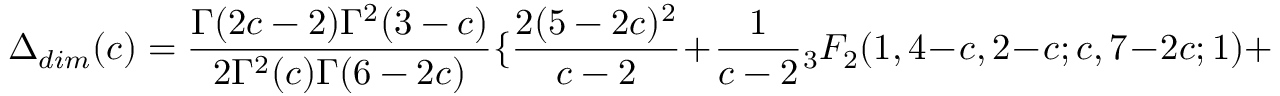
\Delta _ { d i m } ( c ) = \frac { \Gamma ( 2 c - 2 ) \Gamma ^ { 2 } ( 3 - c ) } { 2 \Gamma ^ { 2 } ( c ) \Gamma ( 6 - 2 c ) } \{ \frac { 2 ( 5 - 2 c ) ^ { 2 } } { c - 2 } + \frac { 1 } { c - 2 } { } _ { 3 } F _ { 2 } ( 1 , 4 - c , 2 - c ; c , 7 - 2 c ; 1 ) +